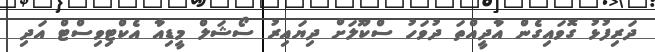
ދަރިފުޅު ގޮވައިގެން އާދީއްތަ ދުވަހު ސްކޫލަށް ދިޔައިރު ސޯޝަލް މީޑިއާ އެކްޓިވިސްޓް އަދި